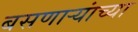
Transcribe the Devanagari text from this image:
बसणार्‍यांच्या